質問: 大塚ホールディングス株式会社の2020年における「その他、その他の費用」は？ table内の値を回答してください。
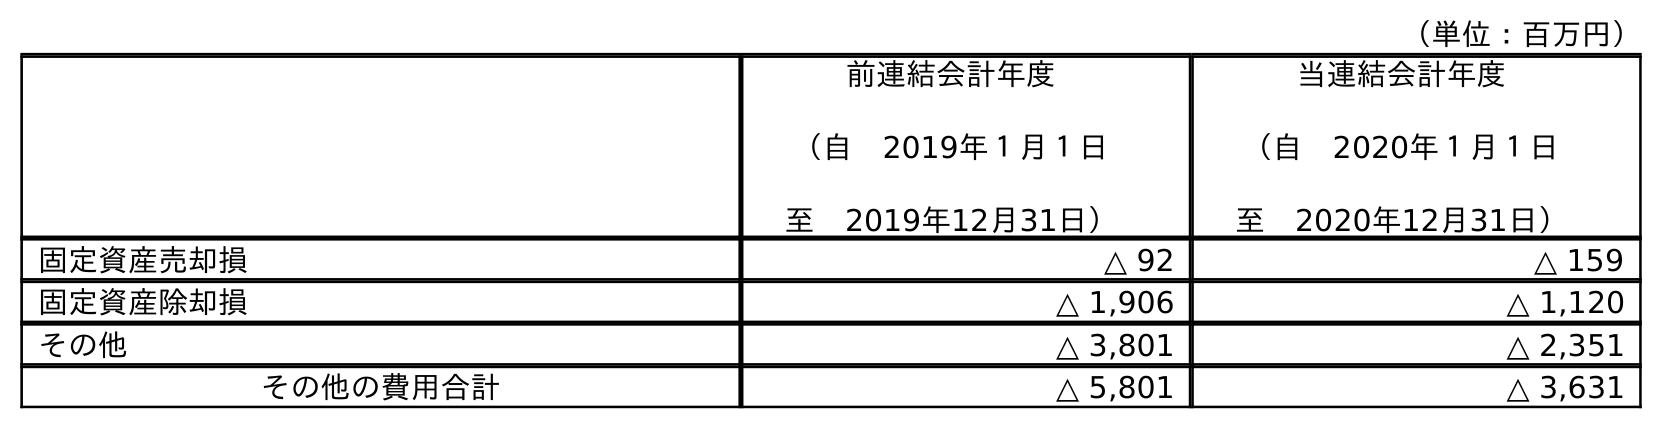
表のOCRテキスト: （単位：百万円） 前連結会計年度 （自 2019年１月１日 至 2019年12月31日） 当連結会計年度 （自 2020年１月１日 至 2020年12月31日） 固定資産売却損 △ 92 △ 159 固定資産除却損 △ 1,906 △ 1,120 その他 △ 3,801 △ 2,351 その他の費用合計 △ 5,801 △ 3,631
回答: △2,351